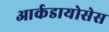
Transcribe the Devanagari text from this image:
आर्कडायोसेस